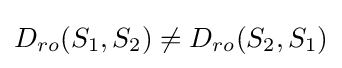
D_{ro}(S_{1},S_{2})\neq D_{ro}(S_{2},S_{1})